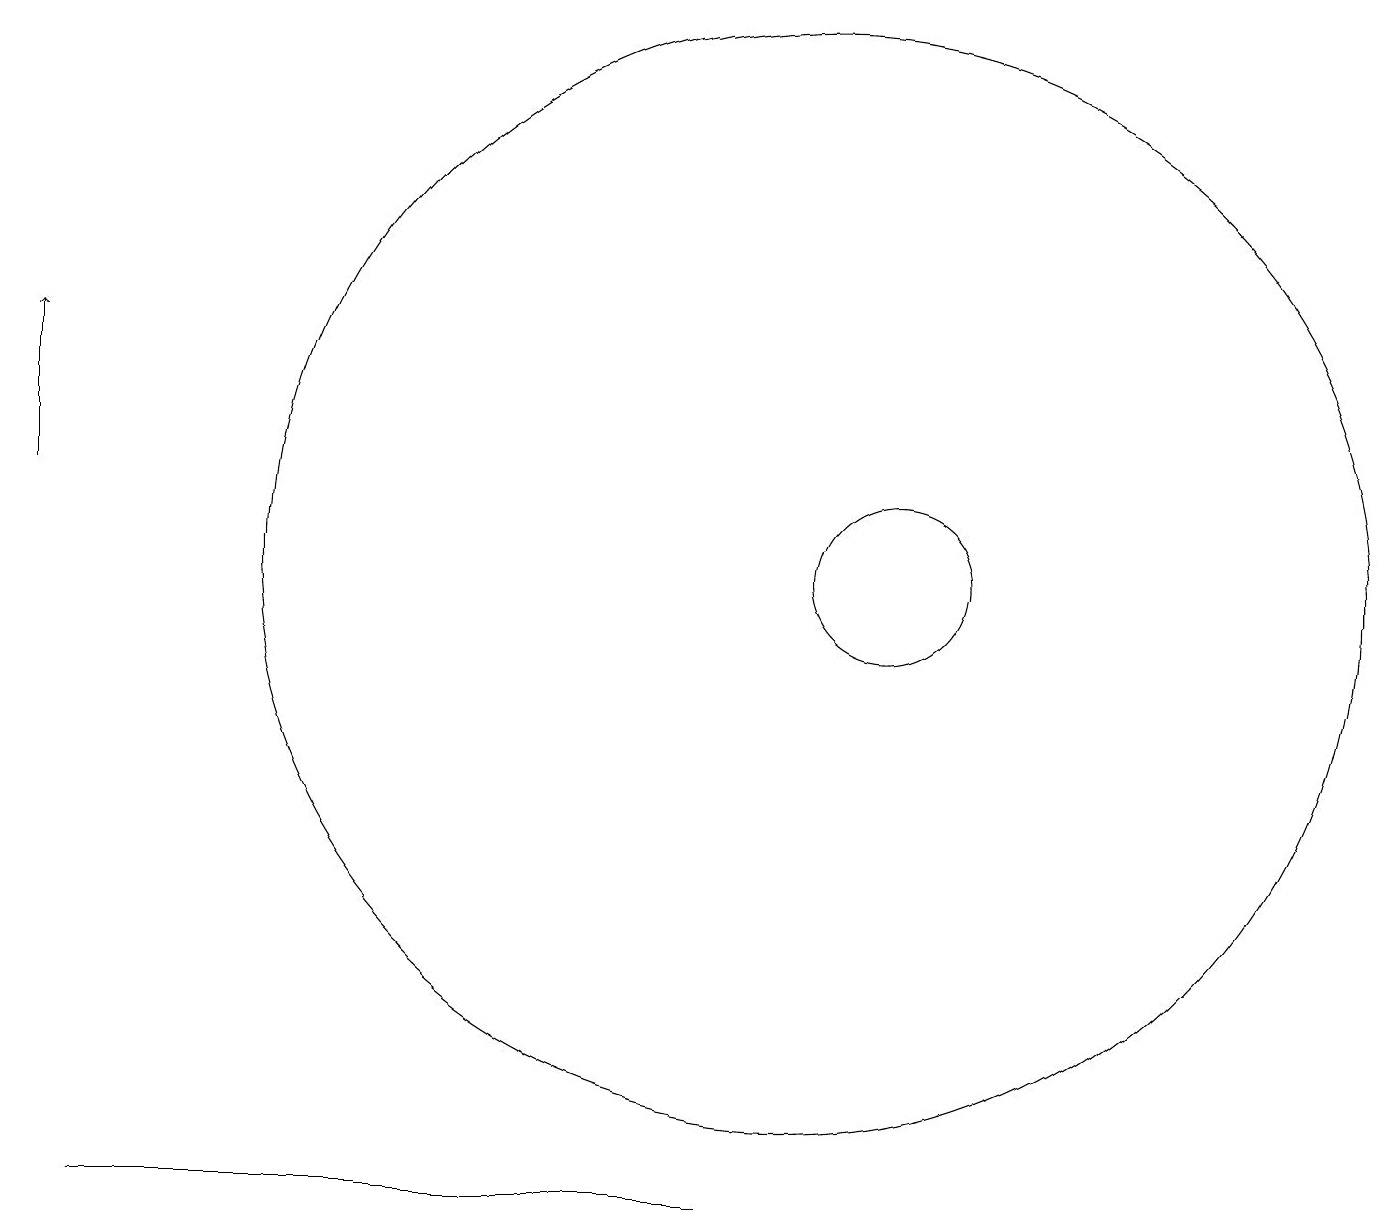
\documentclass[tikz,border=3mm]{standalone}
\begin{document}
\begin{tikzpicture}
\draw (8,3) -- (1,3) -- (9,3) -- cycle;
\draw (10,11) circle (7);
\draw[->] (0,12) -- (0,14);
\draw (11,11) circle (1);
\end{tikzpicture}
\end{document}